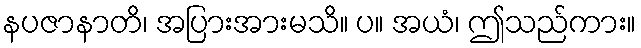
နပဇာနာတိ၊ အပြားအားမသိ။ ပ။ အယံ၊ ဤသည်ကား။